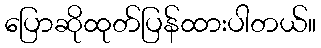
ပြောဆိုထုတ်ပြန်ထားပါတယ်။